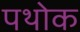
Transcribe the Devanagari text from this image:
पथोक